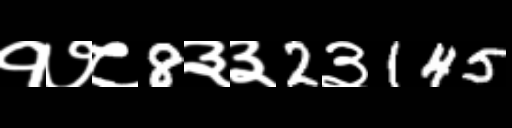
Text: १७८8३३2३145